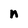
Character: n